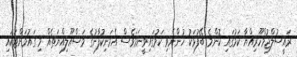
ރައީސުލްޖުމްހޫރިއްޔާ ކަމުގައި ކޮންމެ ބޭފުޅަކު ހުންނެވި ކަމުގައިވީނަމަވެސް އެމަނިކުފާނުގެ މަސްއޫލިއްޔަަތެއް މި ގައުމަށްޓަކައި